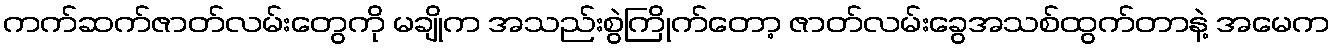
ကက်ဆက်ဇာတ်လမ်းတွေကို မချိုက အသည်းစွဲကြိုက်တော့ ဇာတ်လမ်းခွေအသစ်ထွက်တာနဲ့ အမေက